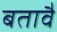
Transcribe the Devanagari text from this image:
बतावै